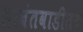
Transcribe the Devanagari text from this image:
सावंतवाडीतच